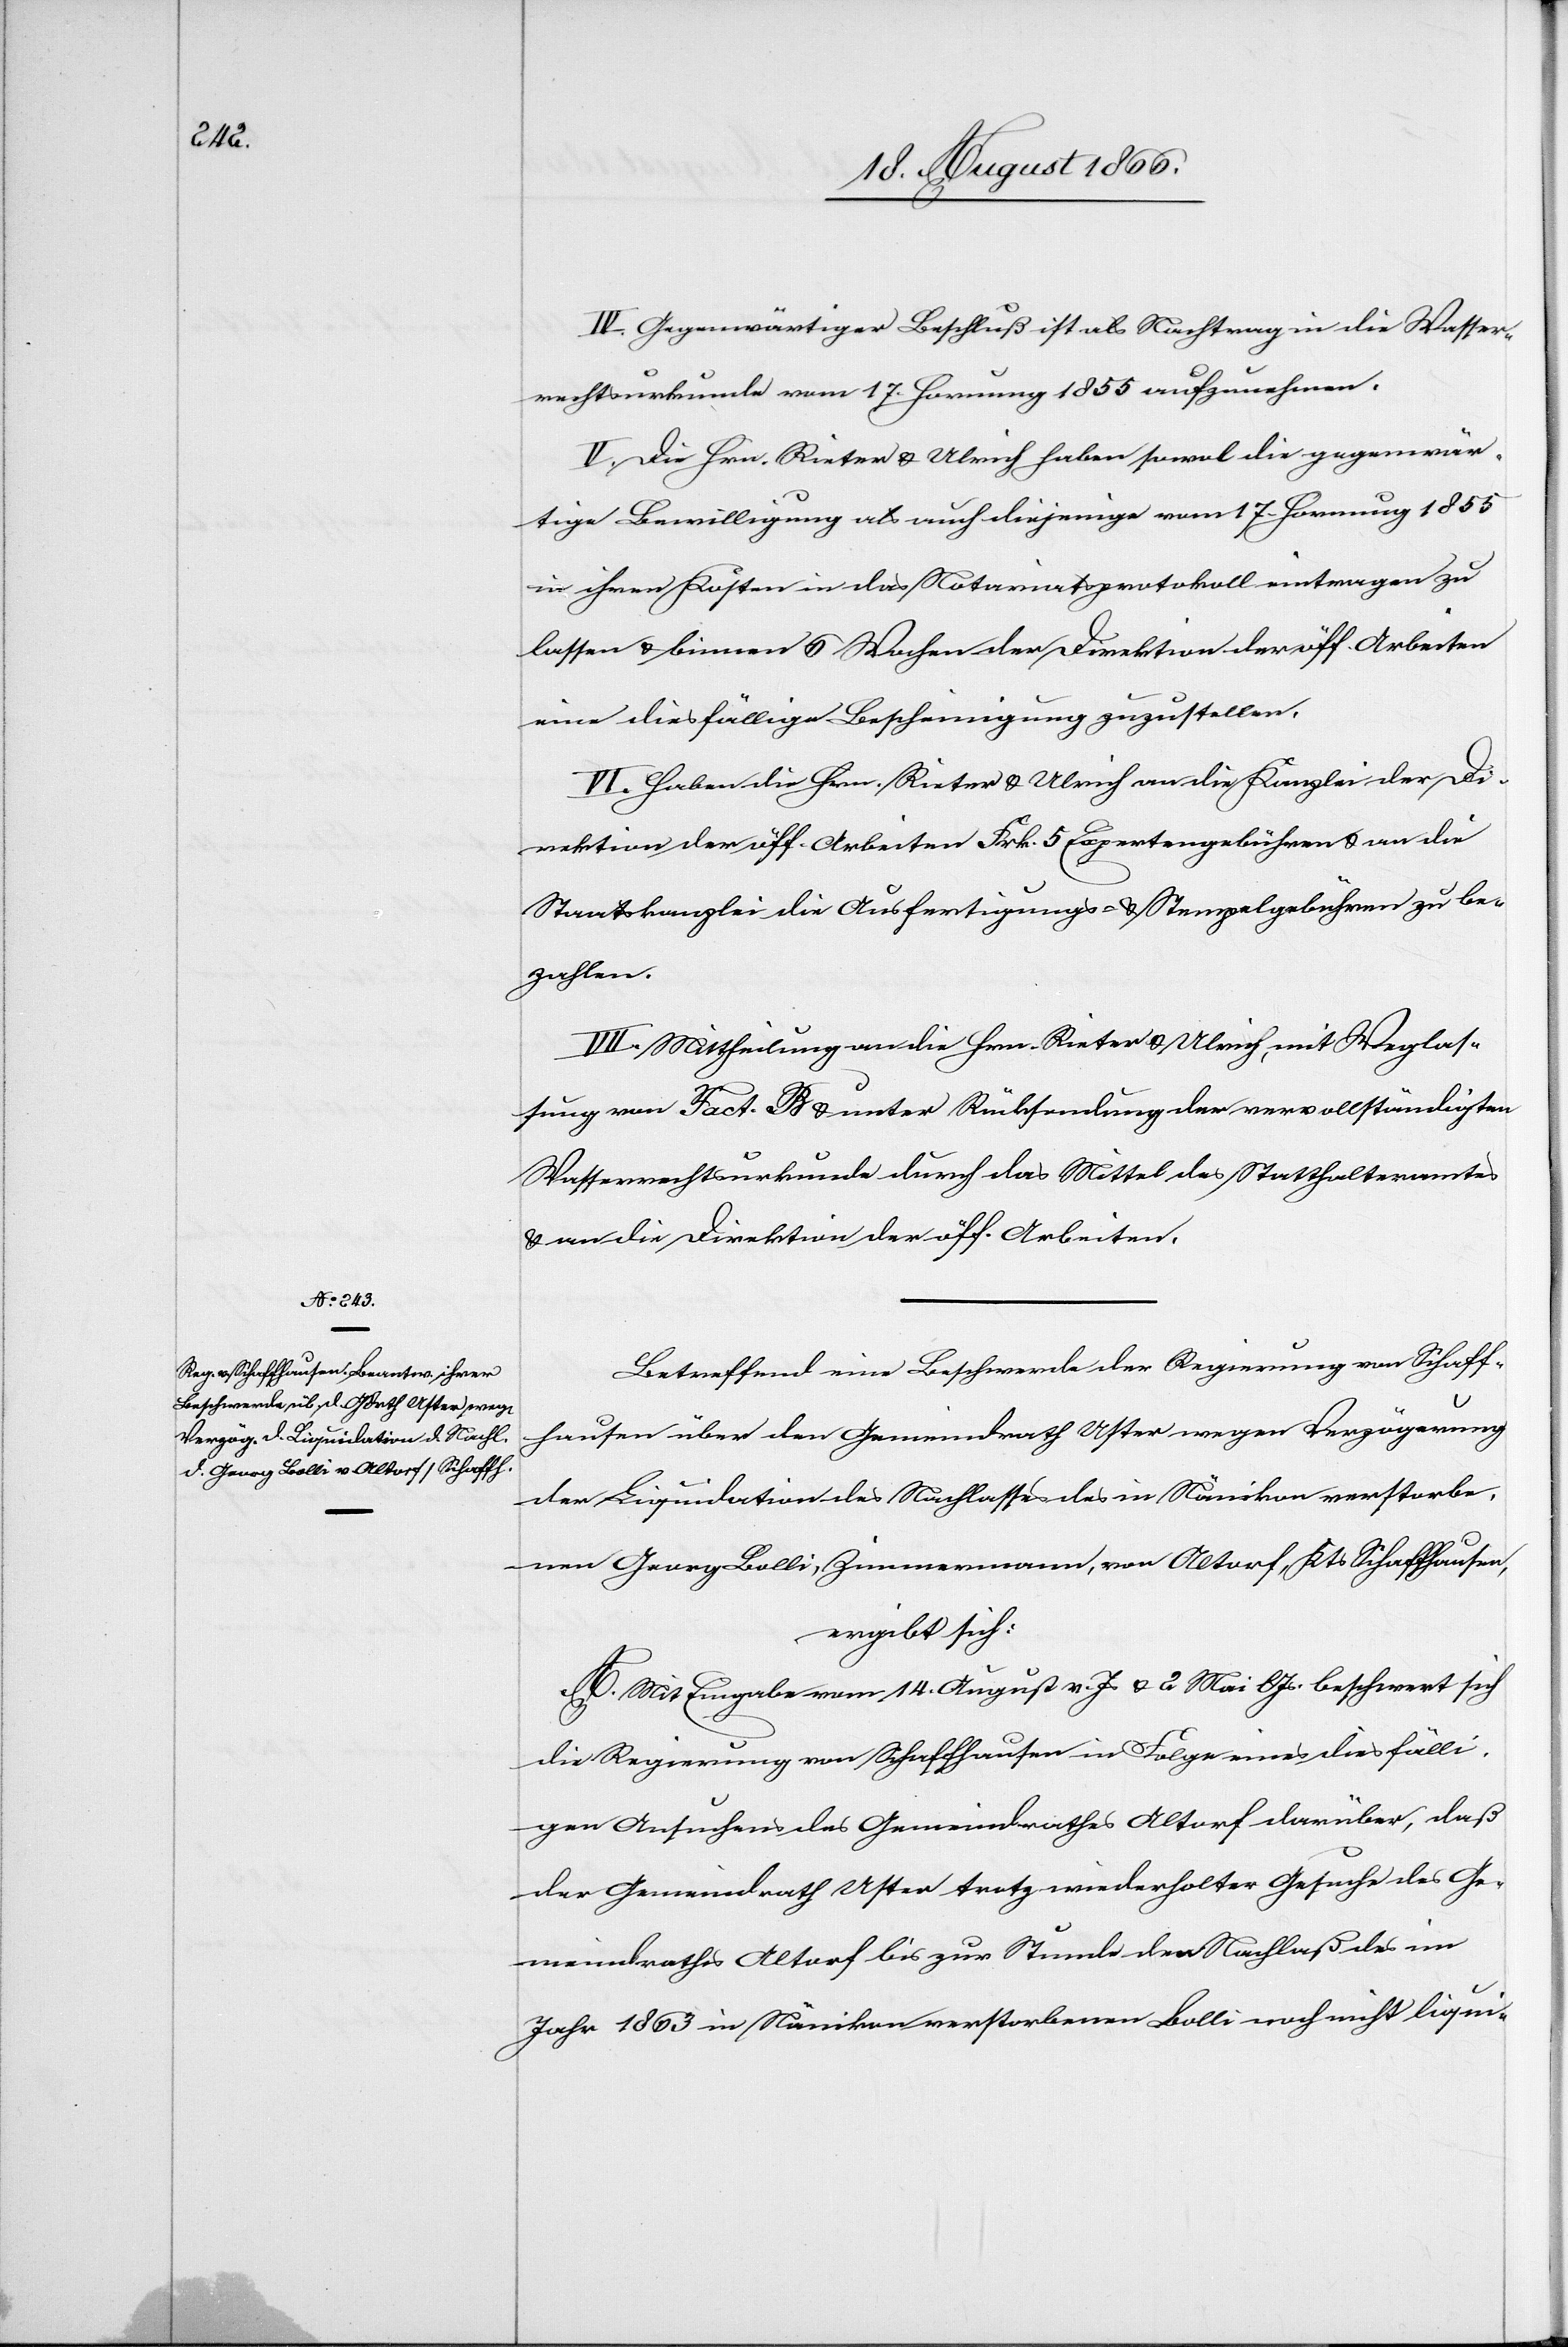
IV. Gegenwärtiger Beschluß ist als Nachtrag in die Wasser¬
rechtsurkunde vom 17. Hornung 1855 aufzunehmen.
V. Die Hrn. Rieter u. Ulrich haben sowol die gegenwär¬
tige Bewilligung als auch diejenige vom 17. Hornung 1855
in ihren Kosten in das Notariatsprotokoll eintragen zu
lassen u. binnen 6 Wochen der Direktion der öff. Arbeiten
eine diesfällige Bescheinigung zuzustellen.
VI. Haben die Hrn. Rieter u. Ulrich an die Kanzlei der Di¬
rektion der öff. Arbeiten Frk. 5 Expertengebühren u. an die
Staatskanzlei die Ausfertigungs- u. Stempelgebühren zu be¬
zahlen.
VII. Mittheilung an die Hrn. Rieter u. Ulrich, mit Weglas¬
sung von Fact. B u. unter Rücksendung der vervollständigten
Wasserrechtsurkunde durch das Mittel des Statthalteramtes
u. an die Direktion der öff. Arbeiten.
Betreffend eine Beschwerde der Regierung von Schaff¬
hausen über den Gemeindrath Uster wegen Verzögerung
der Liquidation des Nachlasses des in Nänikon verstorbe¬
nen Georg Bolli, Zimmermann, von Altorf, Kts. Schaffhausen,
ergibt sich:
A. Mit Eingabe vom 14. August v. Js. u. 2. Mai lJs. beschwert sich
die Regierung von Schaffhausen in Folge eines diesfälli¬
gen Ansuchens des Gemeindrathes Altorf darüber, daß
der Gemeindrath Uster trotz wiederholter Gesuche des Ge¬
meindrathes Altorf bis zur Stunde den Nachlaß des im
Jahr 1863 in Nänikon verstorbenen Bolli noch nicht liqui-